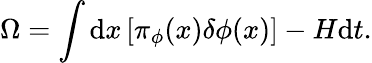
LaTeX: \Omega=\int\mathrm{d}x\left[\pi_{\phi}(x)\delta\phi(x)\right]-H\mathrm{d}t.